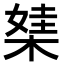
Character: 𣕁